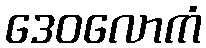
ဒေဝလောကံ